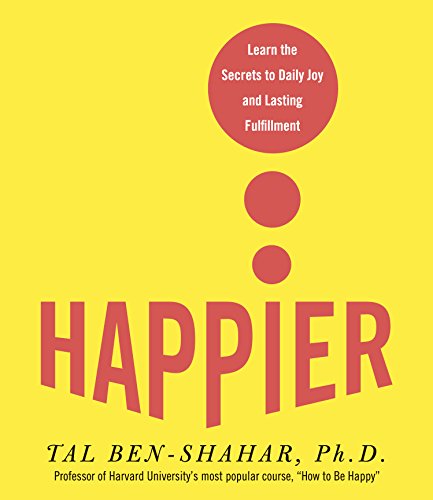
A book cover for Happier: Learn the Secrets to Daily Joy and Lasting Fulfillment; Tal Ben-Shahar PhD; Humor & Entertainment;